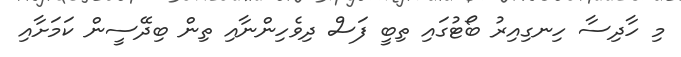
މި ހާދިސާ ހިނގިއިރު ބޯޓުގައި ތިބީ ފަސް ދިވެހިންނާއި ތިން ބިދޭސީން ކަމަށާއި